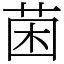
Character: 𮏄